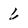
Character: 6